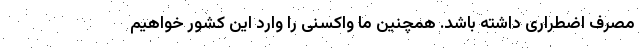
مصرف اضطراری داشته باشد. همچنین ما واکسنی را وارد این کشور خواهیم